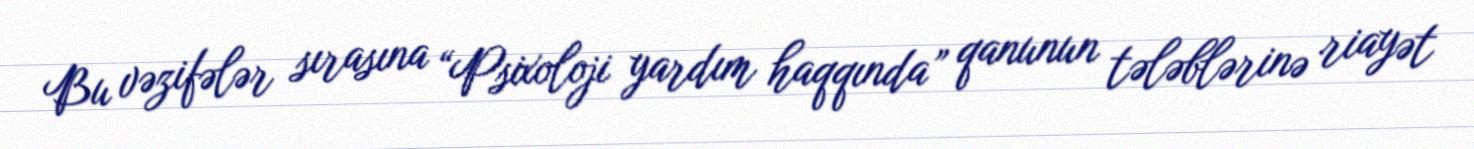
Bu vəzifələr sırasına “Psixoloji yardım haqqında” qanunun tələblərinə riayət